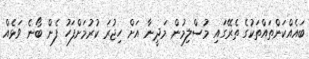
ބައެއްކަންތައްތަކުގެ ތެރޭގައި މުސްލިމުން މަދީނާ އަށް ހިޖުރަ ކުރުމަށްފަހު ފެން ބޯނެ ވަޅެއް